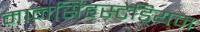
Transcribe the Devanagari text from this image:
मानसिंहस्टेडियम